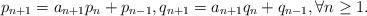
LaTeX: \begin{align*}p_{n+1}=a_{n+1}p_n+p_{n-1},q_{n+1}=a_{n+1}q_n+q_{n-1},\forall n\geq 1.\end{align*}